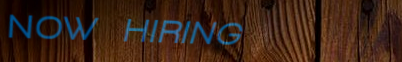
NOW HIRING